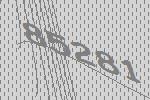
85281